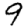
Digit: 9